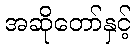
အဆိုတော်နှင့်